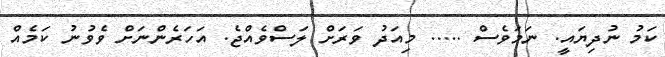
ކަމު ނުދިޔައީ. ނަމަވެސް ..... މިއަދު ވަރަށް ލަސްވެއްޖެ. އަހަރެންނަށް ވެވުނު ކަމެއް